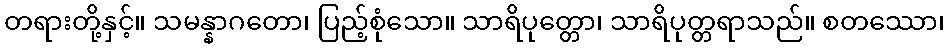
တရားတို့နှင့်။ သမန္နာဂတော၊ ပြည့်စုံသော။ သာရိပုတ္တော၊ သာရိပုတ္တရာသည်။ စတဿော၊